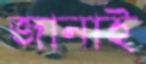
জানাই